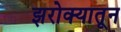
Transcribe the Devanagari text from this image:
झरोक्यातून